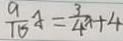
\frac { 9 } { 1 6 } x = \frac { 3 } { 4 } x + 4